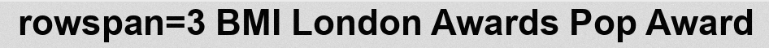
rowspan=3 BMI London Awards Pop Award